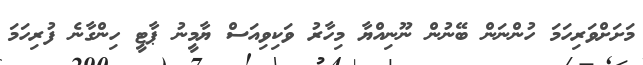
މަށަށްވަރިހަމަ ހުންނަން ބޭނުން ނޫނިއްޔާ މިހާރު ވަކިވިއަސް ޔާމީނު ޕާޓީ ހިންގާނެ ފުރިހަމަ